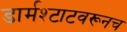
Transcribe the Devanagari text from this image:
डार्मश्टाटवरूनच